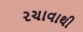
રચાવાથી